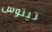
تيتوس